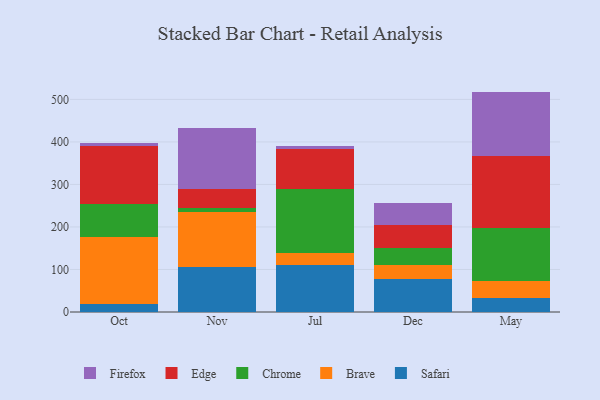
{"axis": {"x": "Month", "y": "Energy Usage (MWh)"}, "legend": ["Brave", "Chrome", "Edge", "Firefox", "Safari"], "data": [{"x": "Oct", "y": 19.3, "type": "Safari"}, {"x": "Oct", "y": 157.2, "type": "Brave"}, {"x": "Oct", "y": 78.6, "type": "Chrome"}, {"x": "Oct", "y": 134.2, "type": "Edge"}, {"x": "Oct", "y": 8.7, "type": "Firefox"}, {"x": "Nov", "y": 105.0, "type": "Safari"}, {"x": "Nov", "y": 129.3, "type": "Brave"}, {"x": "Nov", "y": 11.5, "type": "Chrome"}, {"x": "Nov", "y": 43.4, "type": "Edge"}, {"x": "Nov", "y": 143.0, "type": "Firefox"}, {"x": "Jul", "y": 110.5, "type": "Safari"}, {"x": "Jul", "y": 28.6, "type": "Brave"}, {"x": "Jul", "y": 150.2, "type": "Chrome"}, {"x": "Jul", "y": 94.5, "type": "Edge"}, {"x": "Jul", "y": 6.4, "type": "Firefox"}, {"x": "Dec", "y": 77.8, "type": "Safari"}, {"x": "Dec", "y": 32.4, "type": "Brave"}, {"x": "Dec", "y": 40.4, "type": "Chrome"}, {"x": "Dec", "y": 55.1, "type": "Edge"}, {"x": "Dec", "y": 50.0, "type": "Firefox"}, {"x": "May", "y": 32.6, "type": "Safari"}, {"x": "May", "y": 41.4, "type": "Brave"}, {"x": "May", "y": 124.1, "type": "Chrome"}, {"x": "May", "y": 167.7, "type": "Edge"}, {"x": "May", "y": 152.6, "type": "Firefox"}]}